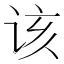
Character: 该